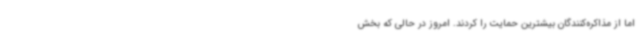
اما از مذاکره‌کنندگان بیشترین حمایت را کردند. امروز در حالی که بخش